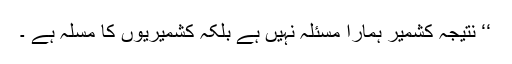
‘‘ نتیجہ کشمیر ہمارا مسئلہ نہیں ہے بلکہ کشمیریوں کا مسلہ ہے ۔